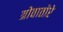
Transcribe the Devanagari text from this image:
त्रोवातोरे